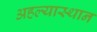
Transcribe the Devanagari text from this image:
अहल्यास्थान